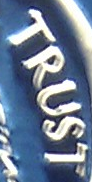
TRUST